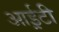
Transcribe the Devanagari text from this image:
आई़़टी